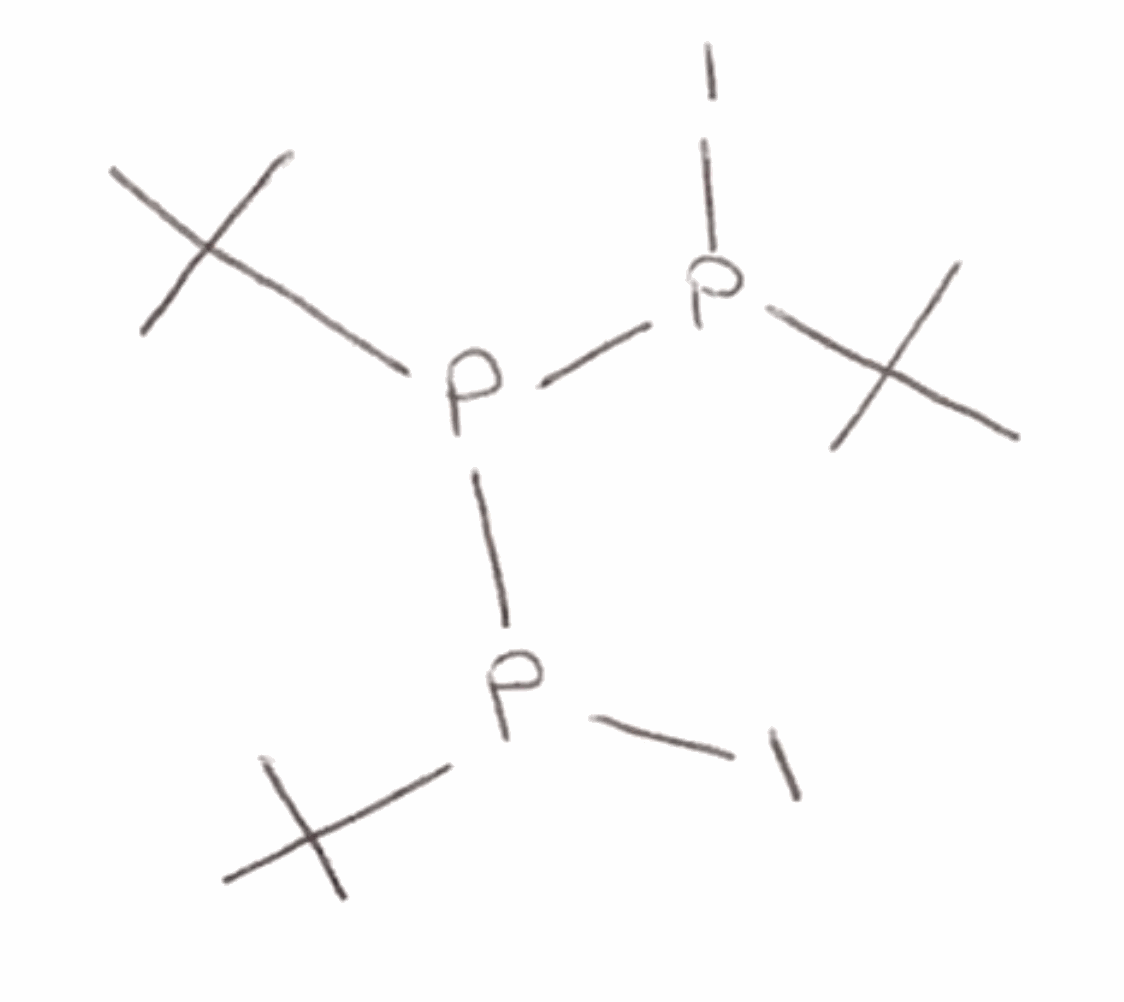
Simplified molecular-input line-entry system (SMILES) notation of the given molecule:
CC(C)(C)P(P(C(C)(C)C)I)P(C(C)(C)C)I